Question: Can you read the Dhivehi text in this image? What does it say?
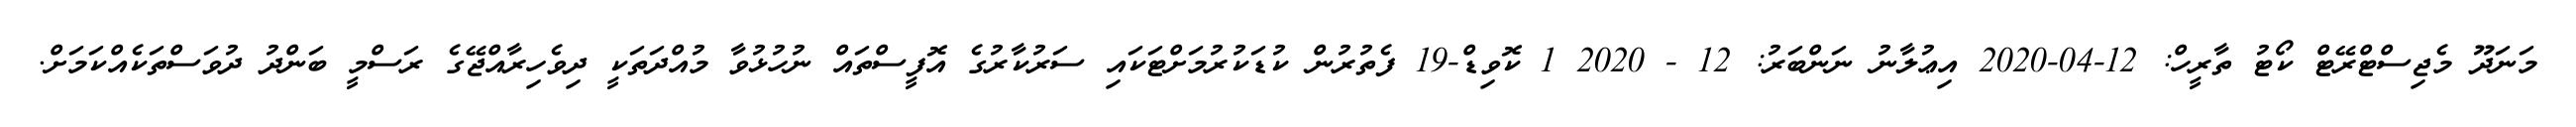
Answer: މަނަދޫ މެޖިސްޓްރޭޓް ކޯޓު ތާރީހް: 12-04-2020 އިޢުލާނު ނަންބަރު: 12 - 2020 1 ކޮވިޑް-19 ފެތުރުން ކުޑަކުރުމަށްޓަކައި ސަރުކާރުގެ އޮފީސްތައް ނުހުޅުވާ މުއްދަތަކީ ދިވެހިރާއްޖޭގެ ރަސްމީ ބަންދު ދުވަސްތަކެއްކަމަށް.